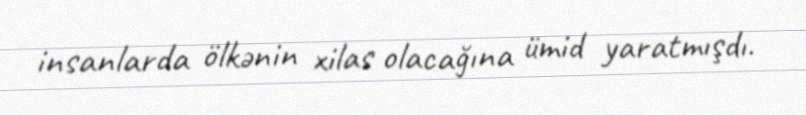
insanlarda ölkənin xilas olacağına ümid yaratmışdı.